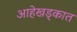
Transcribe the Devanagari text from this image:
आहेखड्कात